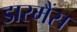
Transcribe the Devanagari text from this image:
डारमैंस